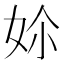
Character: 㚷